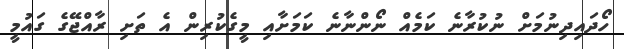
ހޯދައިދިނުމަށް ނުކުރާނެ ކަމެއް ނޯންނާނެ ކަމަށާއި މީގެކުރިން އެ ތަށި ރާއްޖޭގެ ގައުމީ